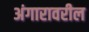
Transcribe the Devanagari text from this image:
अंगारावरील